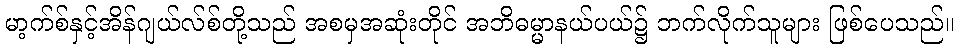
မာ့က်စ်နှင့်အိန်ဂျယ်လ်စ်တို့သည် အစမှအဆုံးတိုင် အဘိဓမ္မာနယ်ပယ်၌ ဘက်လိုက်သူများ ဖြစ်ပေသည်။